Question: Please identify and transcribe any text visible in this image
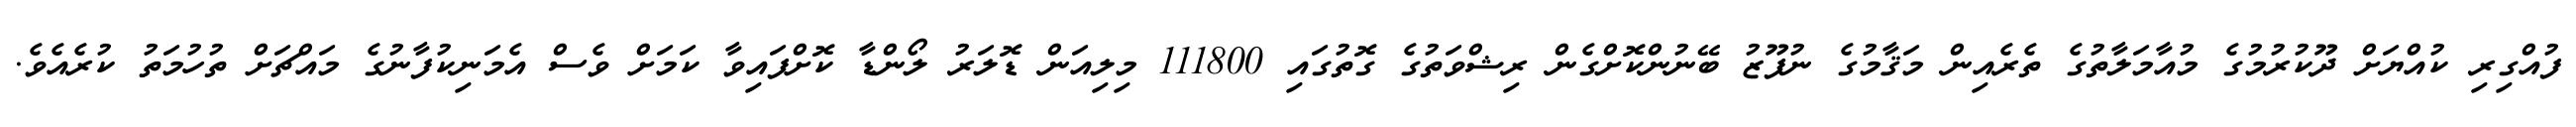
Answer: ފުއްގިރި ކުއްޔަށް ދޫކުރުމުގެ މުއާމަލާތުގެ ތެރެއިން މަޤާމުގެ ނުފޫޒު ބޭނުންކޮށްގެން ރިޝްވަތުގެ ގޮތުގައި 111800 މިލިއަން ޑޮލަރު ލޯންޑާ ކޮށްފައިވާ ކަމަށް ވެސް އެމަނިކުފާނުގެ މައްޗަށް ތުހުމަތު ކުރެއެވެ.